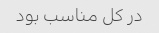
در کل مناسب بود